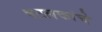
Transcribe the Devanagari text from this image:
षटलकांचे